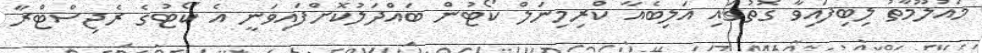
މައުލޫމާތު ލިބިފައިވާ ގޮތުގައި އަލިބެއާ ކްރިމިނަލް ކޯޓުން ބައްދަލުކޮށްފައިވަނީ އެ ކޯޓުގެ ރެޖިސްޓްރާ